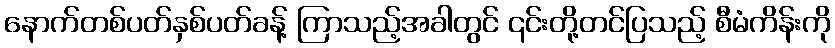
နောက်တစ်ပတ်နှစ်ပတ်ခန့် ကြာသည့်အခါတွင် ၎င်းတို့တင်ပြသည့် စီမံကိန်းကို